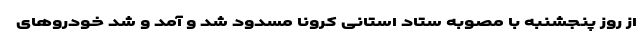
از روز پنجشنبه با مصوبه ستاد استانی کرونا مسدود شد و آمد و شد خودروهای